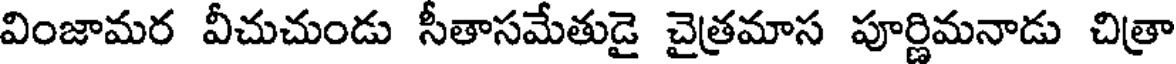
వింజామర వీచుచుండు సీతాసమేతుడై చైత్రమాస పూర్ణిమనాడు చిత్రా